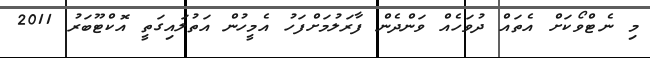
މި ނެޓްވޯކަށް އެތައް ދުވަހެއް ވަންދެން ފާރަލުމަށްފަހު އެމީހުން އަތުލައިގަތީ އޮކްޓޫބަރު 2011